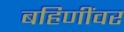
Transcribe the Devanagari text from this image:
बहिणींवर